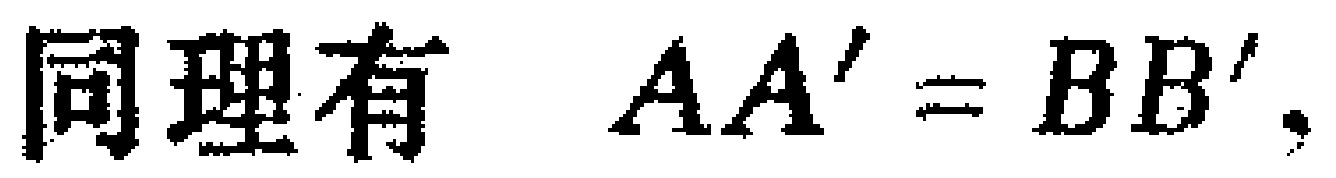
同理有 \(AA' = BB'\)。